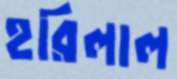
হরিলাল